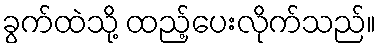
ခွက်ထဲသို့ ထည့်ပေးလိုက်သည်။